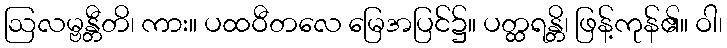
ဩလမ္ဗန္တီတိ၊ ကား။ ပထဝီတလေ မြေအပြင်၌။ ပတ္ထရန္တိ၊ ဖြန့်ကုန်၏။ ဝါ၊